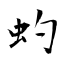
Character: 虳